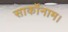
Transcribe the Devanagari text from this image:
सार्कोनाम।